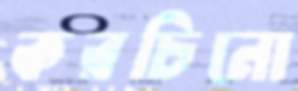
করচিনো